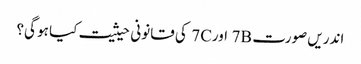
اندریں صورت 7B اور7C کی قانونی حیثیت کیا ہو گی؟